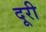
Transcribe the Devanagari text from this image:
दूरी